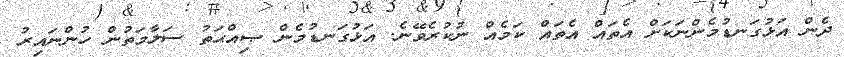
ދެން އަޅުގަނޑުމެންނަކަށް އެތައް އެތައް ކަމެއް ނުކުރެވޭނެ. އަޅުގަނޑުމެން ޞިއްޙަތު ސަލާމަތުން ހުންނައިރު